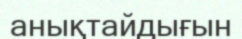
анықтайдығын